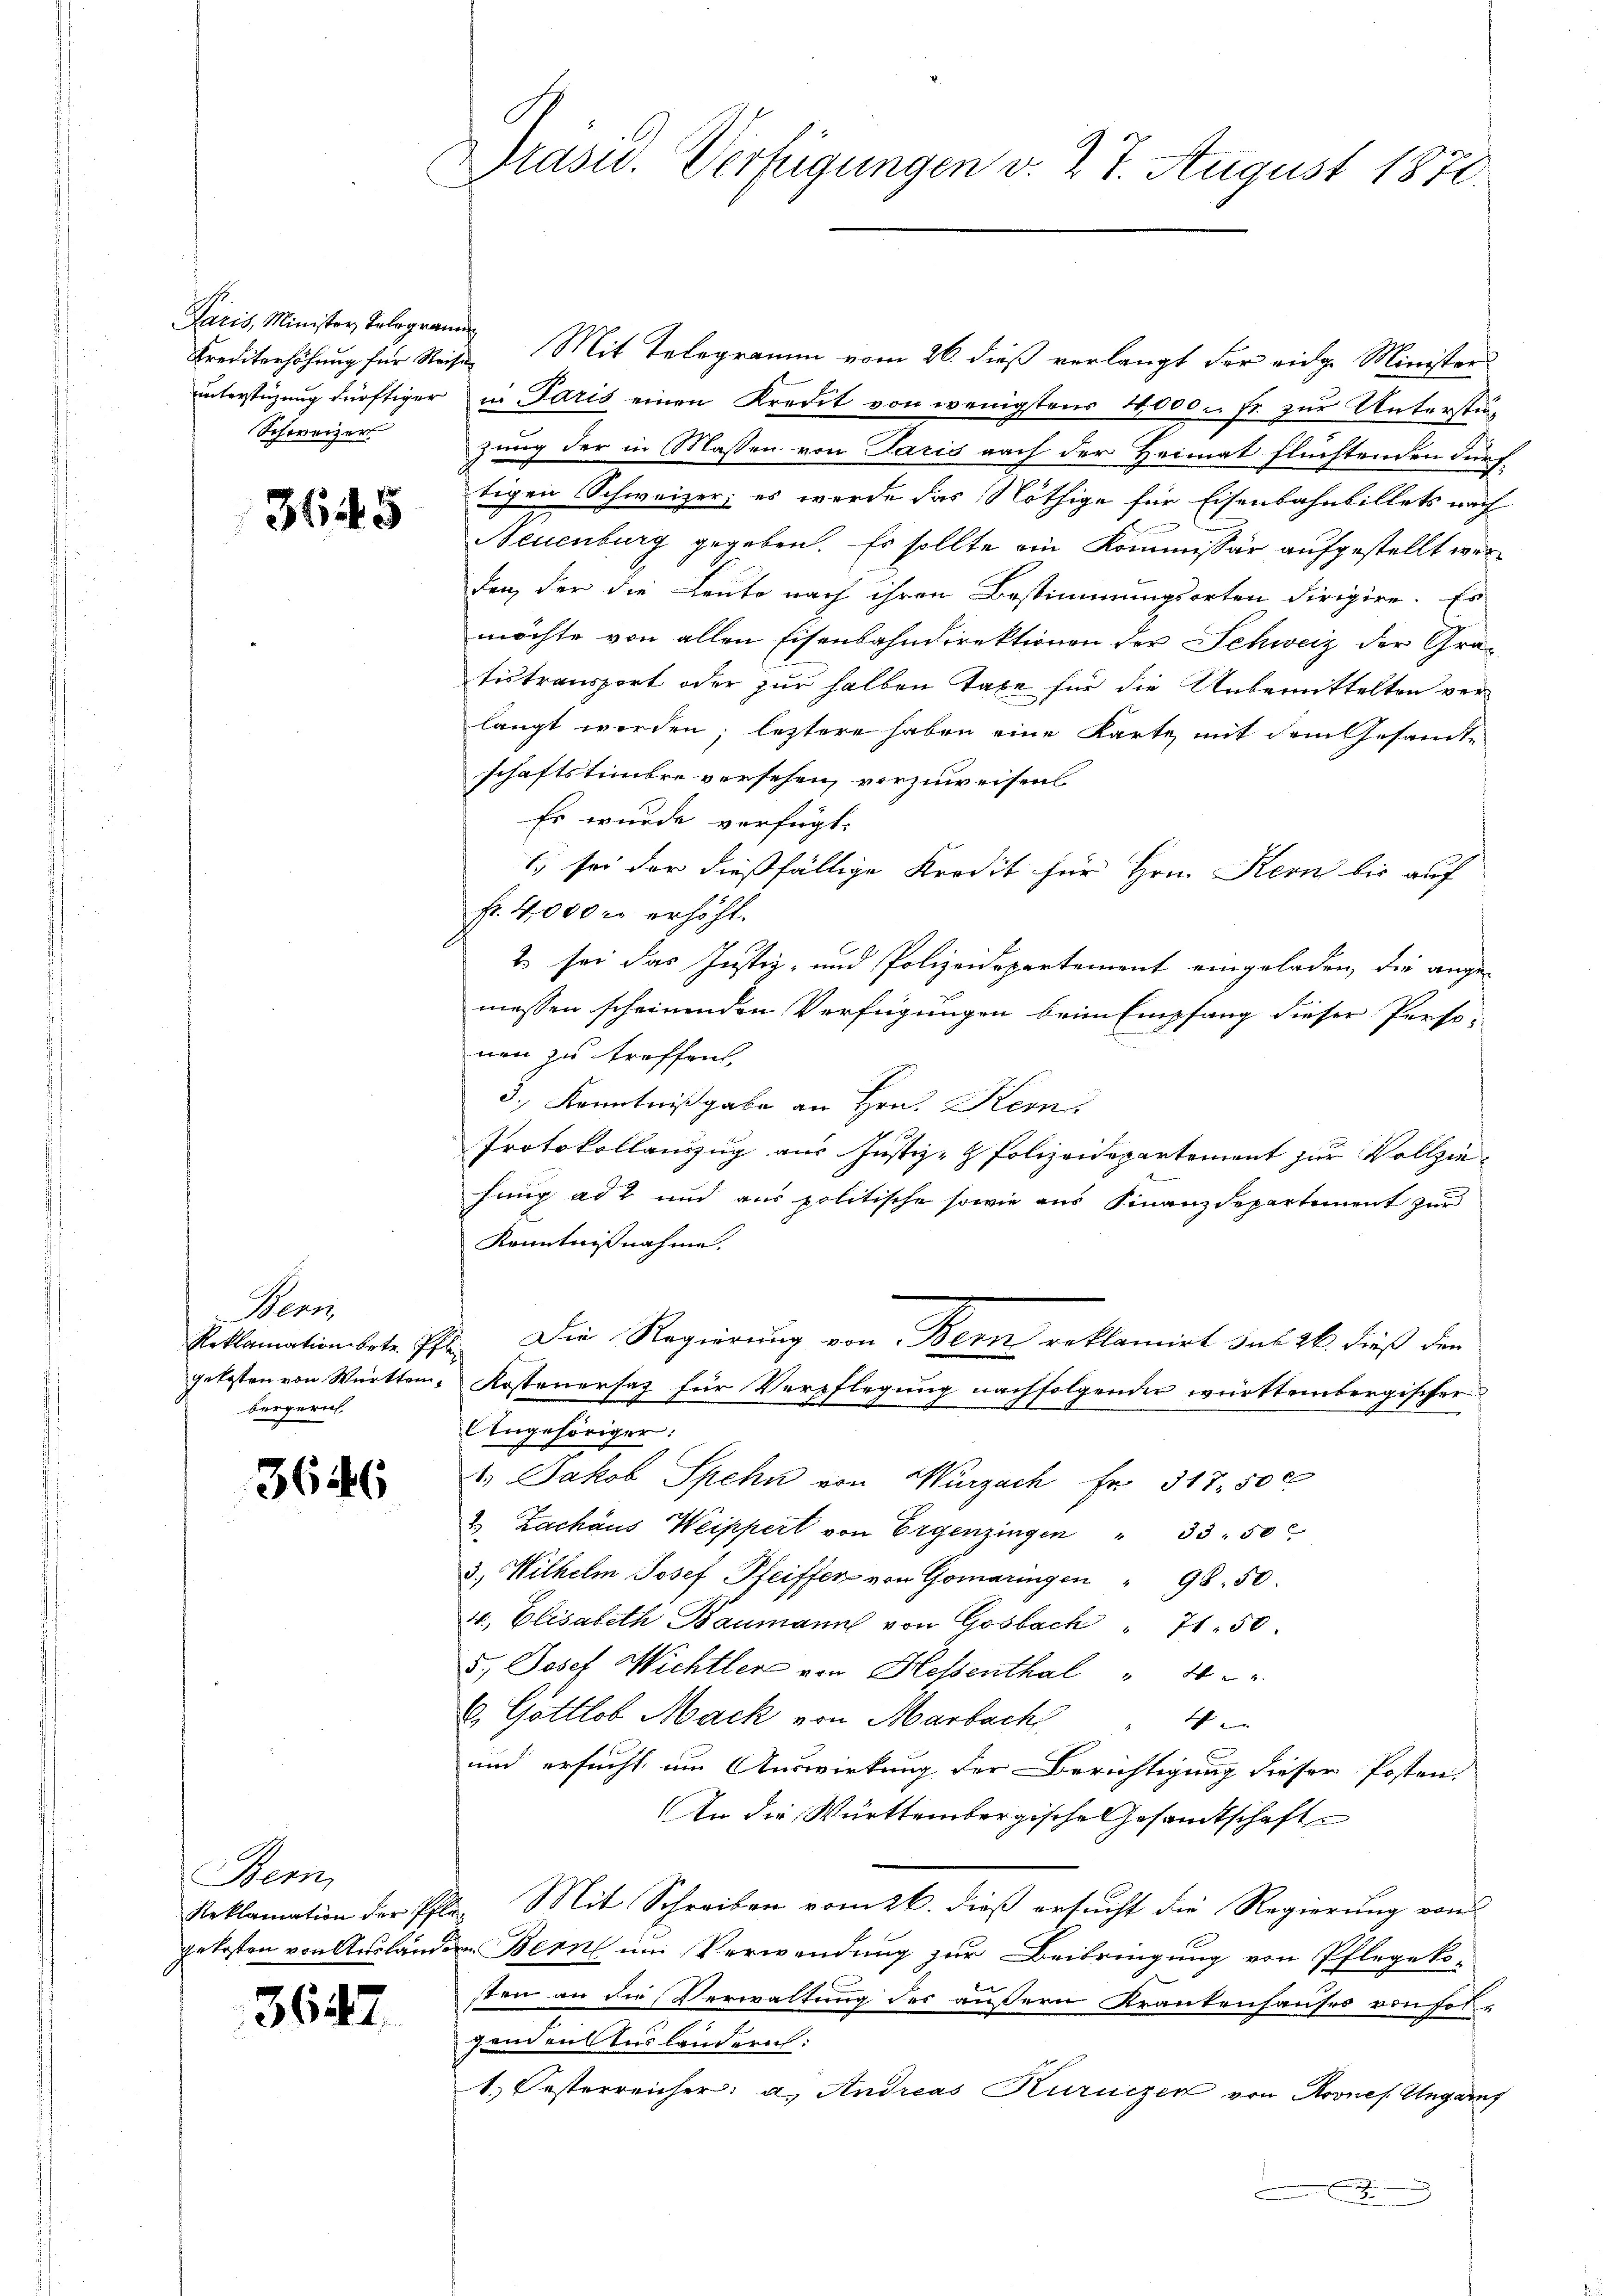
Paris, Minister Telegramm
Schweizer

3645

Wenn
bergerich

3646

Bern,

3647.

Präsid. Verfügungen v. 27. August 1870.

Krediterhöhung für Reise Mit Telegramm vom 26. dieß verlangt der eidge Minister
unterstüzung dürftiger in Paris einen Kredit von wenigstens 10000. Fr. zur Unterstüzung der in Massen von Paris nach der Heimat flüchtenden dürf
tigen Schweizer; es werde das Nöthige für Eisenbahnbillets nach
Neuenburg gegeben. Es sollte ein Kommissär aufgestellt werden, der die Leute nach ihren Bestimmungsorten dirigire. Es
möchte von allen Eisenbahndirektionen der Schweiz der Gratistransport oder zur halben Taxe für die Unbemittelten verlangt werden; letztere haben eine Karte, mit dem Gesandte
schaftstimbre versehen, vorzuweisen
Es wurde verfügt:
1. sei der dießfällige Kredit für Hrn. Kern bis auf
Fr. 4000 r. erhöht.
2 sei das Justiz- und Polizeidepartement eingeladen, die ange-
messen scheinenden Verfügungen beim Empfang dieser Personen zu treffen,
3.) Kenntnißgabe an Hrn. Kern
Protokollanzug aus Justiz- & Polizeidepartement zur Vollzie-
hung ad 2 und aus politische sowie aus Finanzdepartement zur
Kenntnißnahme.
Reklamationbete Pf. Die Regierung von Bern reklamirt sub 26. dieß den
gekosten von Württem Kostenersatz für Verpflegung nachfolgender württembergischer
Angehöriger:
1. Jakob Spehn von Wurzach Fr. 317. 500
2. Zachaus Weippert von Ergenzingen  "     50
3.) Wilhelm Josef Pfeiffer von Gomaringen " 98. 50.
4., Elisabeth Baumann von Gosbach " 7150.
5.) Josef Wichtlere von Hessenthal " 4 x
8. Gottlob Mack von Marbach " 4
und ersucht um Auswirkung der Berichtigung dieser Posten.
An die Württembergische Gesandtschaft
Reklamation der Pfla. Mit Schreiben vom 26. dieβ ersŭcht die Regierŭng von
gekosten von Auslandern Bern um Verwendung zur Beibringung von Pflegeko-
f
sten an die Verwaltung des äußern Krankenhauses von fol-
genden Auslandern:
1. Oesterreicher: a. Andreas Kurnizen von Krones Ungarns
x